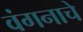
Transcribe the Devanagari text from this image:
वंगनाचे